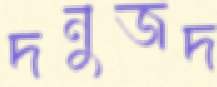
দনুজদ